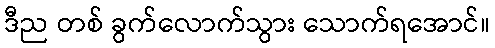
ဒီည တစ် ခွက်လောက်သွား သောက်ရအောင်။